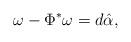
LaTeX: \begin{align*}\omega-\Phi^*\omega=d\hat{\alpha},\end{align*}